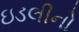
ઇડલીનો